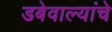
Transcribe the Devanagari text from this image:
डबेवाल्यांचे